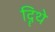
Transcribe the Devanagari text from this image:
दिॄथे